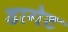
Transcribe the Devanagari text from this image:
डागेट